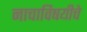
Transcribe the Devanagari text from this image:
नाचाविषयीचे